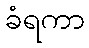
ခံရကာ